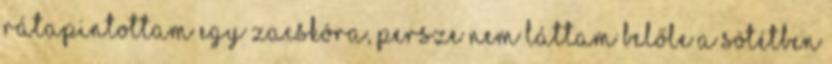
rátapintottam egy zacskóra, persze nem láttam belőle a sötétben